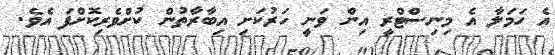
އެ ހަމަލާ އެ މިނިސްޓްރީ އިން ވަނީ ހަރުކަށި އިބާރާތުން ކުށްވެރިކޮށްފަ އެވެ.